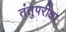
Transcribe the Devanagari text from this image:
तंतुपरीक्षा